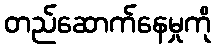
တည်ဆောက်နေမှုကို